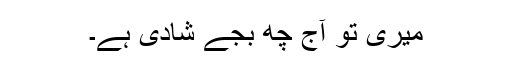
میری تو آج چھ بجے شادی ہے۔